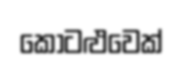
කොටළුවෙක්